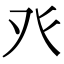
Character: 癶